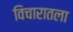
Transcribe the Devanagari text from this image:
विचारातला